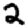
Digit: 2